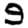
Digit: 9